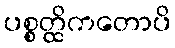
ပစ္စတ္ထိကတောပိ